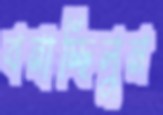
বনাচ্ছিলুম